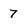
Character: 7